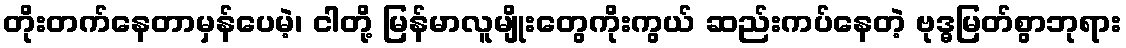
တိုးတက်နေတာမှန်ပေမဲ့၊ ငါတို့ မြန်မာလူမျိုးတွေကိုးကွယ် ဆည်းကပ်နေတဲ့ ဗုဒ္ဓမြတ်စွာဘုရား